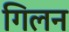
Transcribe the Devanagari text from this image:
गिलन